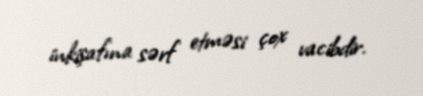
inkişafına sərf etməsi çox vacibdir.